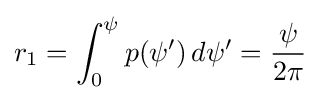
r_{1}=\int _{0}^{\psi }p(\psi ')\,d\psi '={\frac {\psi }{2\pi }}